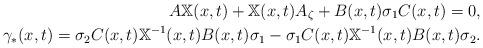
LaTeX: \begin{align*} A \mathbb X(x,t) + \mathbb X(x,t) A_\zeta + B(x,t) \sigma_1 C(x,t) = 0, \\\gamma_*(x,t) = \sigma_2 C(x,t) \mathbb X^{-1}(x,t) B(x,t) \sigma_1- \sigma_1 C(x,t) \mathbb X^{-1}(x,t) B(x,t) \sigma_2 .\end{align*}